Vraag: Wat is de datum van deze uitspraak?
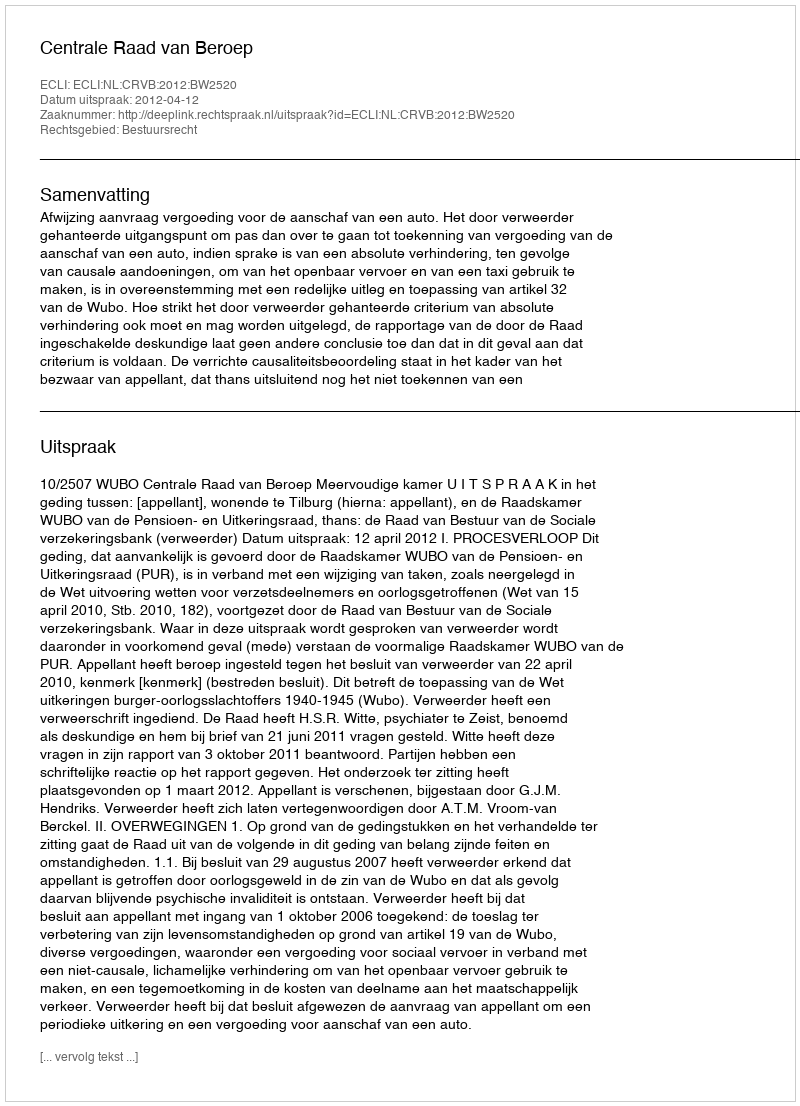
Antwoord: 2012-04-12